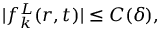
\begin{array} { r } { | f _ { k } ^ { L } ( r , t ) | \leq C ( \delta ) , } \end{array}